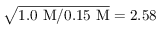
\sqrt { 1 . 0 ~ \mathrm { M } / 0 . 1 5 ~ \mathrm { M } } = 2 . 5 8